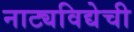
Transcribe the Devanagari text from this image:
नाट्यविद्येची